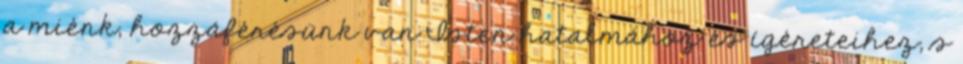
a miénk, hozzáférésünk van Isten hatalmához és ígéreteihez, s